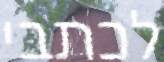
לכתבי